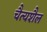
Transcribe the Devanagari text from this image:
चैत्यशैल